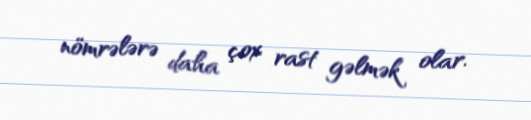
nömrələrə daha çox rast gəlmək olar.